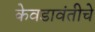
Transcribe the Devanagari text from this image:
केवडावंतीचे